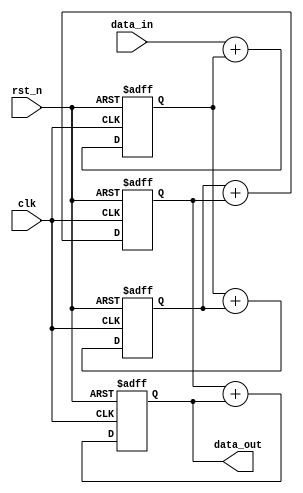
module cascaded_accumulator(
    input wire clk,
    input wire rst_n,
    input wire [31:0] data_in,
    output wire [31:0] data_out
);

reg [31:0] sum [0:3]; // Four arithmetic blocks in total

always @(posedge clk or negedge rst_n) begin
    if (~rst_n) begin
        sum[0] <= 0;
        sum[1] <= 0;
        sum[2] <= 0;
        sum[3] <= 0;
    end else begin
        sum[0] <= data_in + sum[0];
        sum[1] <= sum[0] + sum[1];
        sum[2] <= sum[1] + sum[2];
        sum[3] <= sum[2] + sum[3];
    end
end

assign data_out = sum[3];

endmodule